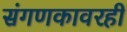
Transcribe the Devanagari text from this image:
संगणकावरही